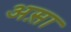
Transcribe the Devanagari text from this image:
अस़ा